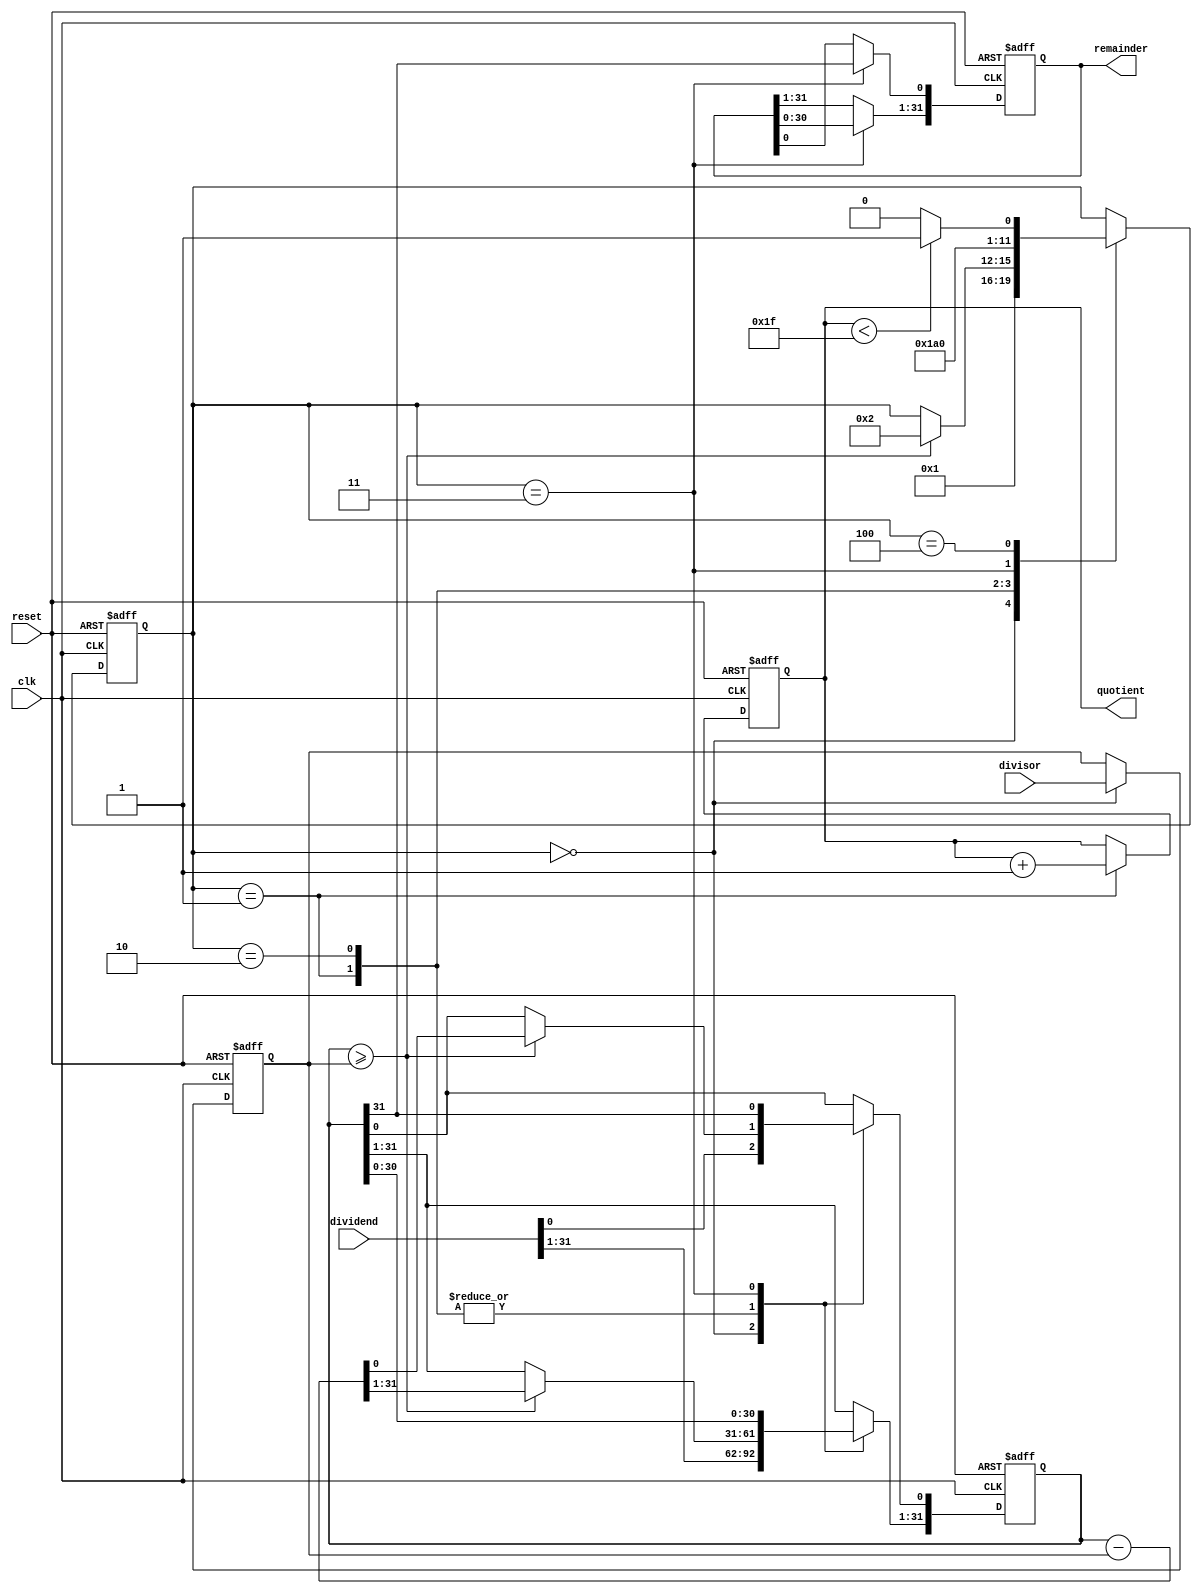
module Pipelined_Divider (
    input wire clk,
    input wire reset,
    input wire [31:0] dividend,
    input wire [31:0] divisor,
    output reg [31:0] quotient,
    output reg [31:0] remainder
);

reg [31:0] dividend_reg;
reg [31:0] divisor_reg;
reg [31:0] quotient_reg;
reg [31:0] remainder_reg;
reg [3:0] pipeline_stage;

// Pipeline stages
parameter INIT = 0;
parameter SUB = 1;
parameter COMP = 2;
parameter SHIFT = 3;
parameter UPDATE = 4;

always @ (posedge clk or posedge reset) begin
    if (reset) begin
        dividend_reg <= 0;
        divisor_reg <= 0;
        quotient_reg <= 0;
        remainder_reg <= 0;
        pipeline_stage <= INIT;
    end else begin
        case (pipeline_stage)
            INIT: begin
                dividend_reg <= dividend;
                divisor_reg <= divisor;
                pipeline_stage <= SUB;
            end
            SUB: begin
                quotient_reg <= quotient_reg + 1;
                if (dividend_reg >= divisor_reg) begin
                    dividend_reg <= dividend_reg - divisor_reg;
                    pipeline_stage <= COMP;
                end
            end
            COMP: begin
                if (dividend_reg >= divisor_reg) begin
                    dividend_reg <= dividend_reg - divisor_reg;
                end
                pipeline_stage <= SHIFT;
            end
            SHIFT: begin
                dividend_reg <= dividend_reg << 1;
                dividend_reg[0] <= dividend_reg[31];
                remainder_reg <= remainder_reg << 1;
                remainder_reg[0] <= dividend_reg[31];
                pipeline_stage <= UPDATE;
            end
            UPDATE: begin
                if (quotient_reg < 31) begin
                    pipeline_stage <= SUB;
                end else begin
                    pipeline_stage <= INIT;
                end
            end
        endcase
    end
end

assign quotient = quotient_reg;
assign remainder = remainder_reg;

endmodule